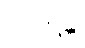
သာရန္တိ